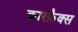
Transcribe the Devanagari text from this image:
कारफ़ैक्स